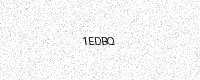
Text: 1EDBQ